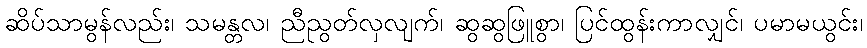
ဆိပ်သာမွန်လည်း၊ သမန္တလ၊ ညီညွတ်လှလျက်၊ ဆွဆွဖြူစွာ၊ ပြင်ထွန်းကာလျှင်၊ ပမာမယွင်း၊